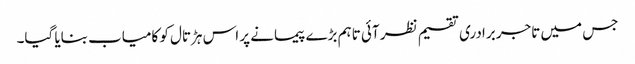
جس میں تاجر برادری تقسیم نظر آئی تاہم بڑے پیمانے پر اس ہڑتال کو کامیاب بنایا گیا۔